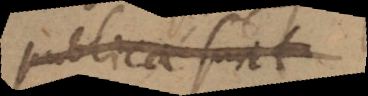
publica cura